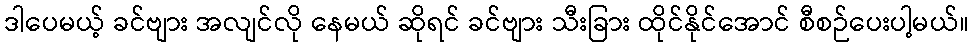
ဒါပေမယ့် ခင်ဗျား အလျင်လို နေမယ် ဆိုရင် ခင်ဗျား သီးခြား ထိုင်နိုင်အောင် စီစဉ်ပေးပါ့မယ်။